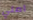
املي